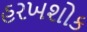
હરખશોક